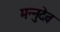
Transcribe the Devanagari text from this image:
मन्नुदेव